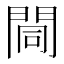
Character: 𨴏